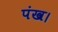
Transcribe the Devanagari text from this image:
पंख।